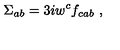
\Sigma _ { a b } = 3 i w ^ { c } f _ { c a b } \ ,